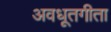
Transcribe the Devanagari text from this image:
अवधूतगीता